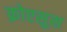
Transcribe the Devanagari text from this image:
क्रोएसुस